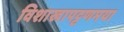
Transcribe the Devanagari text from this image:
विशाखापट्टणमया